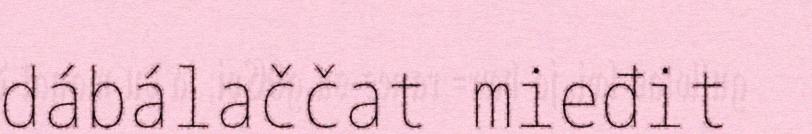
dábálaččat mieđit